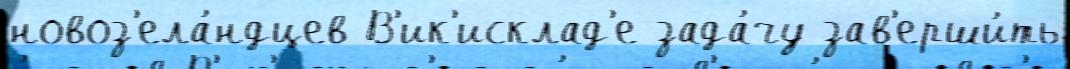
новоз'ела́ндцев В'ик'исклад'е зада́чу зав'ерши́ть